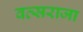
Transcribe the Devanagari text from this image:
वत्सराजा